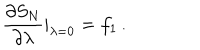
{ \frac { \partial S _ { N } } { \partial \lambda } } | _ { \lambda = 0 } = f _ { 1 } \, .